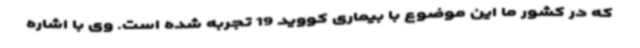
که در کشور ما این موضوع با بیماری کووید 19 تجربه شده است. وی با اشاره